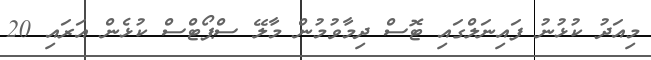
މިއަދު ކުޅުނު ފައިނަލްގައި ޓޮސް ދިމާވުމުން މާލޭ ސްޕޯޓްސް ކުޅެން އަރައި 20